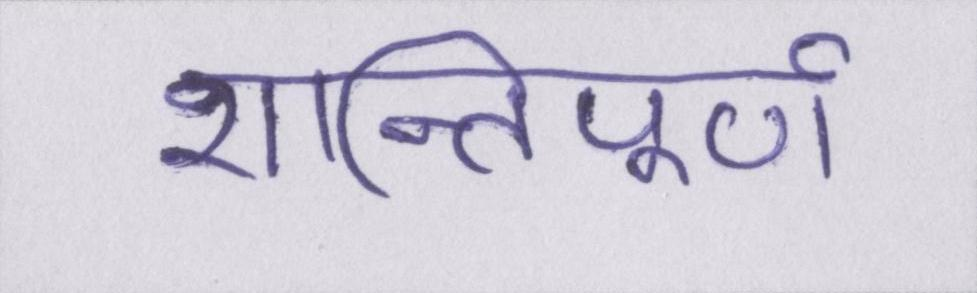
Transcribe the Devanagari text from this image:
शान्तिपूर्ण